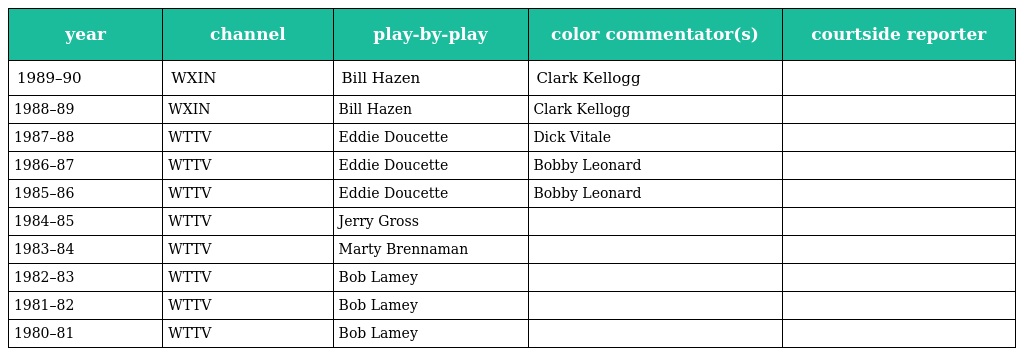
| year | channel | play-by-play | color commentator(s) | courtside reporter |
 | --- | --- | --- | --- | --- |
 | 1989–90 | WXIN | Bill Hazen | Clark Kellogg |  |
 | 1988–89 | WXIN | Bill Hazen | Clark Kellogg |  |
 | 1987–88 | WTTV | Eddie Doucette | Dick Vitale |  |
 | 1986–87 | WTTV | Eddie Doucette | Bobby Leonard |  |
 | 1985–86 | WTTV | Eddie Doucette | Bobby Leonard |  |
 | 1984–85 | WTTV | Jerry Gross |  |  |
 | 1983–84 | WTTV | Marty Brennaman |  |  |
 | 1982–83 | WTTV | Bob Lamey |  |  |
 | 1981–82 | WTTV | Bob Lamey |  |  |
 | 1980–81 | WTTV | Bob Lamey |  |  |